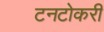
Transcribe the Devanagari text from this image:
टनटोकरी